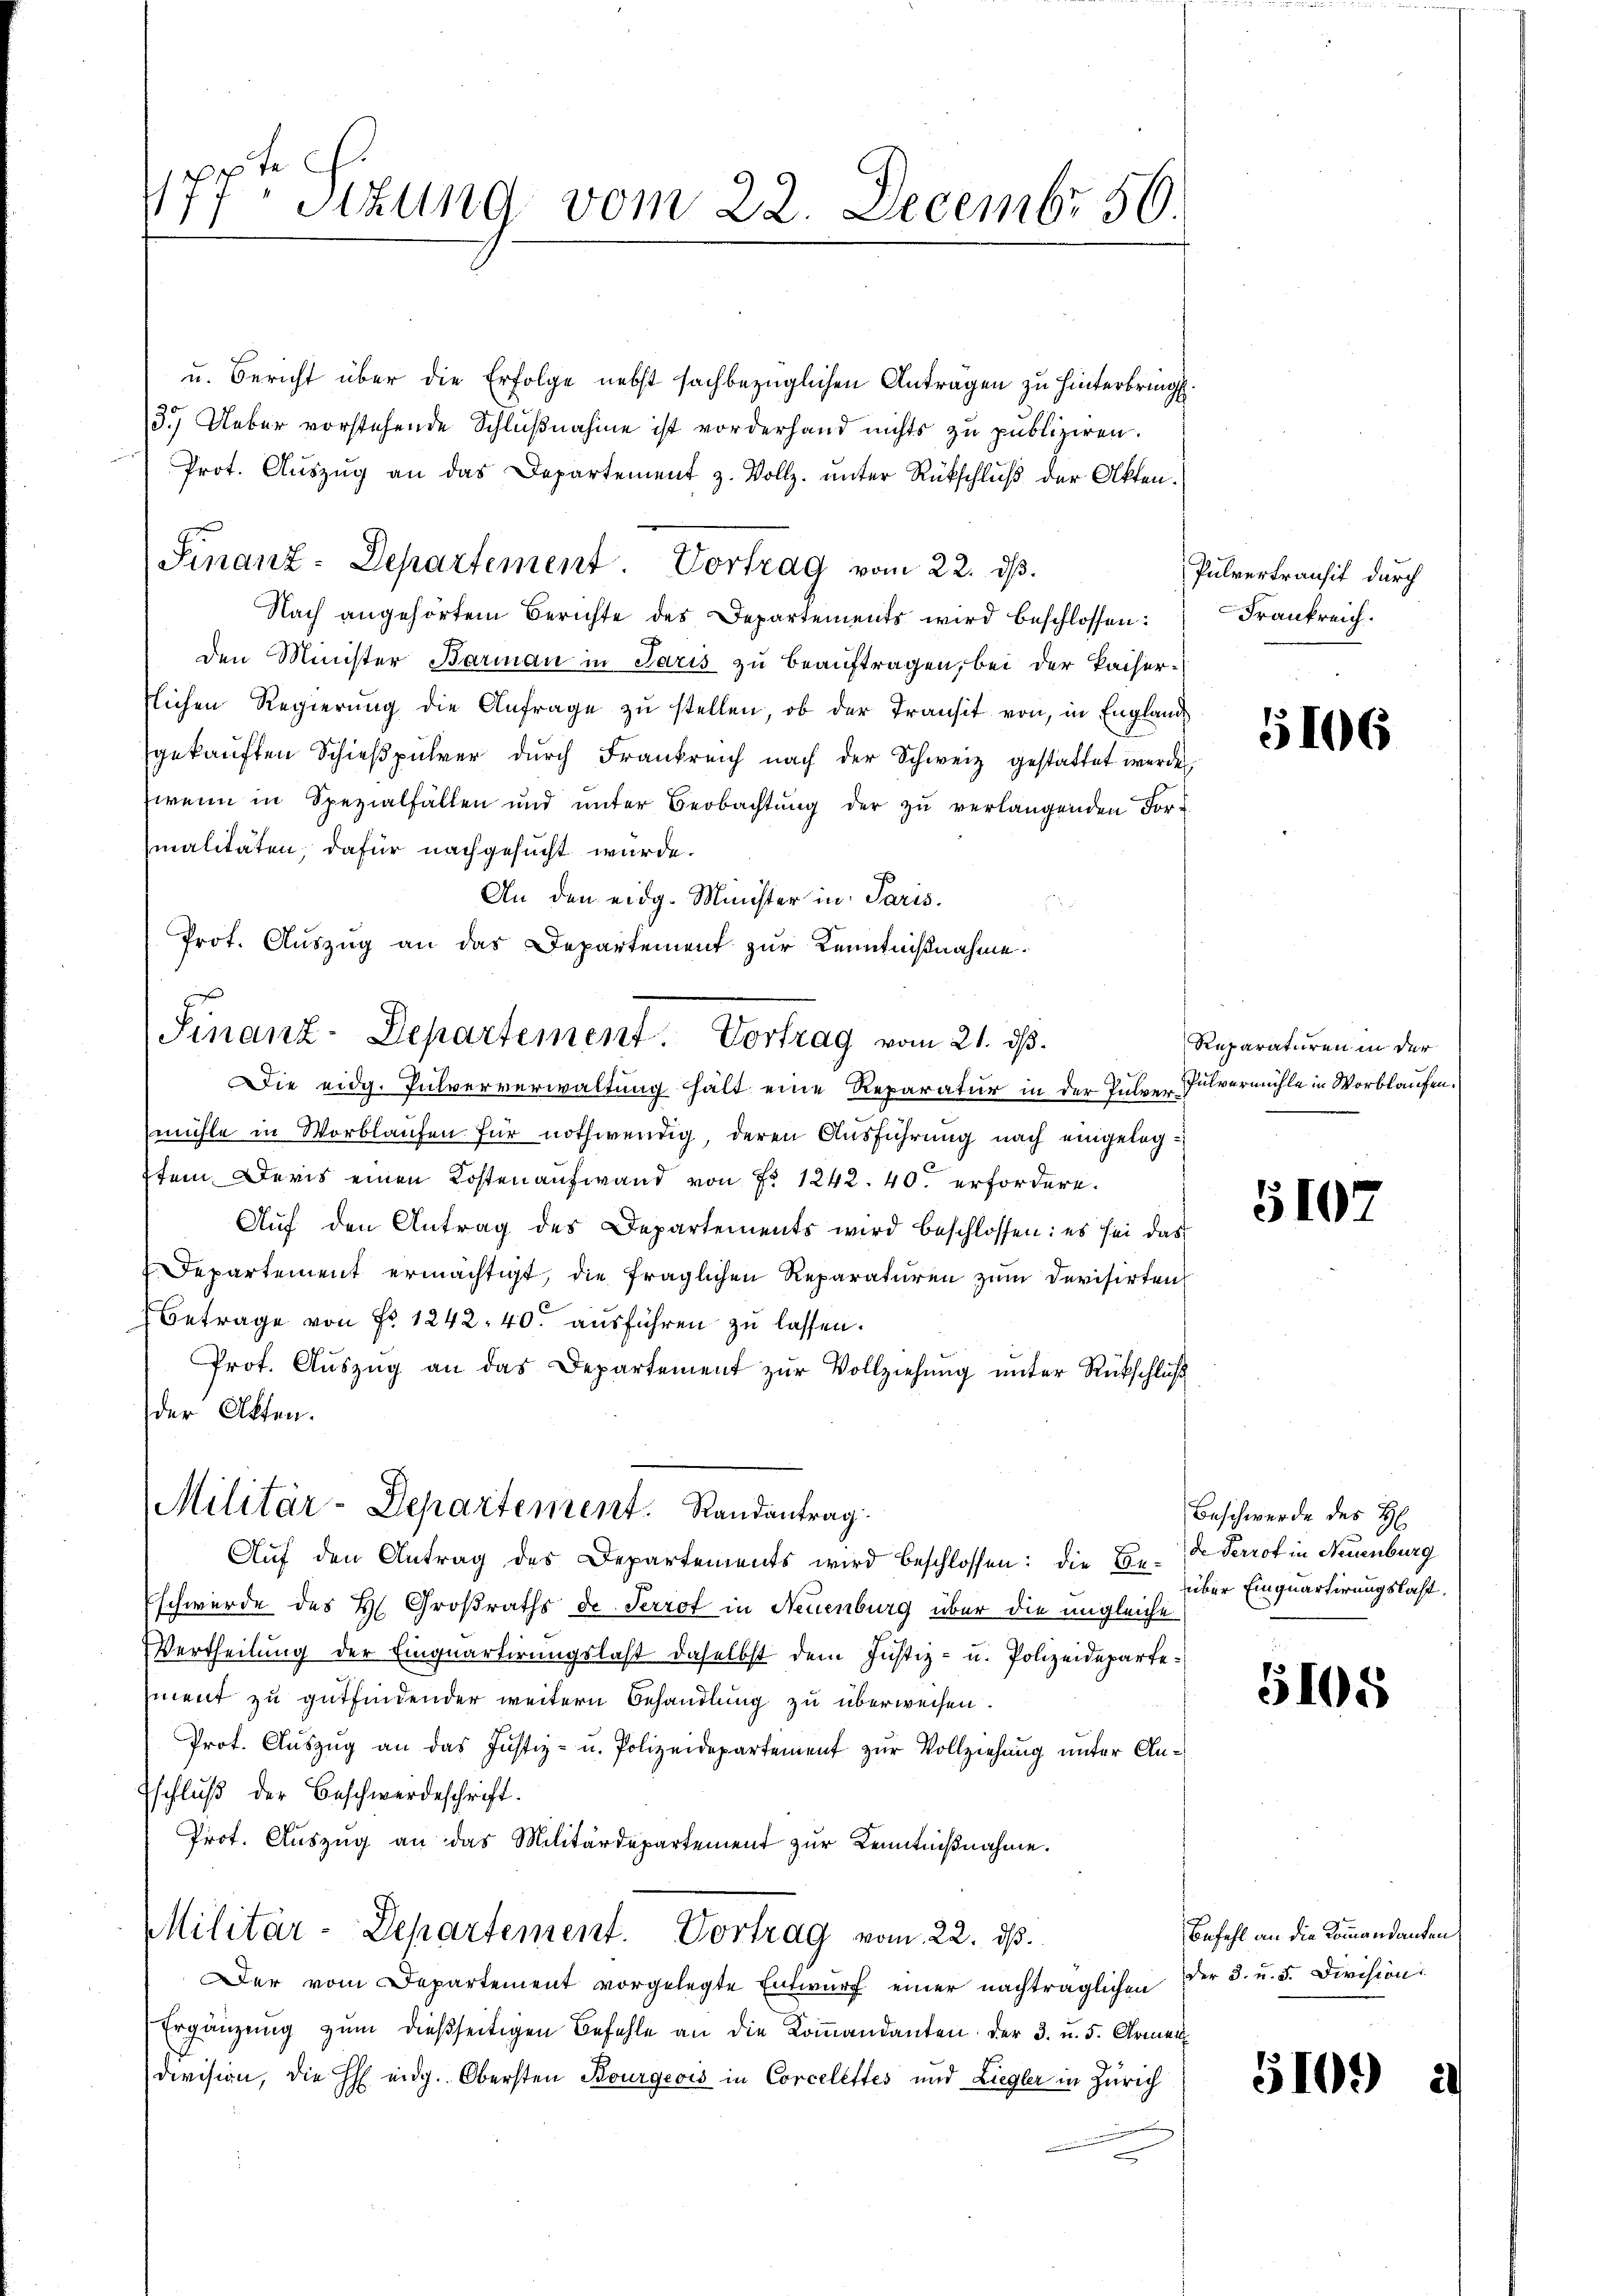
tech
177. Sitzung vom 22. Decembr 50.

u. Bericht über die Erfolge nebst sachbezüglichen Antragen zu hinterbringt.
3.) Ueber vorstehende Schlußnahme ist vorderhand nichts zu publiziren.
Prot. Auszug an das Departement z. Vollz. unter Rückschluß der Akten.
Nach angehörtem Berichte des Departements wird beschlossen:
den Minister Barman in Paris zu beauftragen, bei der Kaisertlichen Regierŭng die Anfrage zŭ stellen, ob der Transit von in Englande
gekauften Schießpührer durch Frankreich nach der Schweiz gestattet werden,
wenn in Spezialfallen und ŭnter Beobachtŭng der zŭ verlangenden For-
malitäten, dafür nachgesucht wurde.
An den eidg. Minister in Paris.
.
Prot. Auszug an das Departement zur Kenntnißnahme.
Die eidg. Pulververwaltung hält eine Reparatur in der Pulver Pulvermühle in Worblaufen.
mühle in Worblaufen für nothwendig, deren Ausführung nach eingelegtem. Deris einen Kosten aufwand von No 1242. 40. erfordere.
Aŭf den Antrag des Departements wird beschlossen: es sei das
Departement ermächtigt, die fraglichen Reparaturen zum Devisirten
Betrage von Fr. 1242. 40. ausführen zu lassen.
Prot. Auszug an das Departement zur Vollziehung unter Rückschluß
der Akten.
Militär-Departement. Randantrag
Aŭf den Antrag des Departements wird beschlossen: die Ende Perrot in Neuenburg
schwerde des H. Großraths de Perrot in Neuenburg über die ungleiche
VVertheilung der Einquartirungslast daselbst dem Justiz- u. Polizeidepartement zu gutfindender weitern Behandlung zu überweisen.
Prot. Auszug an das Justiz- u. Polizeidepartement zur Vollziehung unter An¬
Eschluß der Beschwerdeschrift.
Prot. Auszug an das Militärdepartement zur Kenntnißnahme.
Militär-Departement. Vortrag vom 22. ds.
Der vom Departement vorgelegte Entwŭrf einer nachträglichen der 3. u. 5. Division:
Ergänzung zum dießseitigen Befehle an die Kommandanten der 3. u. 5. Armen
Division, die HH eidg. Obersten Bourgeois in Corcelettes und Liegler in Zürich

Finanz-Departement. Vortrag vom 22. ds.

Finanz-Departement. Vortrag vom 21. ds.

Pulvertransit durch
Frankreich.

5106

Reparaturen in der

5102

Beschwerde des H
über Einquartirungslast.

5108

Befehl an die Kommandanten

51092